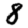
Digit: 8